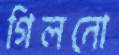
গিলনো